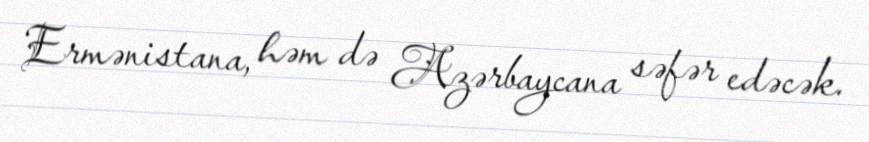
Ermənistana, həm də Azərbaycana səfər edəcək.